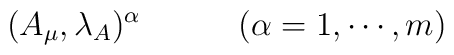
(A_{\mu},\lambda_A)^\alpha \qquad \quad (\alpha=1,\cdots,m)